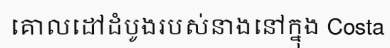
គោលដៅដំបូងរបស់នាងនៅក្នុង Costa